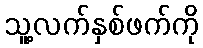
သူ့လက်နှစ်ဖက်ကို